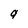
Character: 9